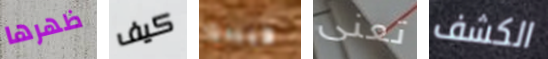
ظهرها كيف فيبدو تعنى الكشف